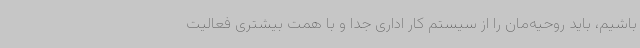
باشیم، باید روحیه‌مان را از سیستم کار اداری جدا و با همت بیشتری فعالیت